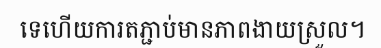
ទេហើយការតភ្ជាប់មានភាពងាយស្រួល។